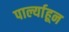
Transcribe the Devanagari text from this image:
पार्ल्याहून